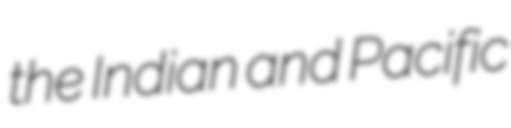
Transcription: the Indian and Pacific